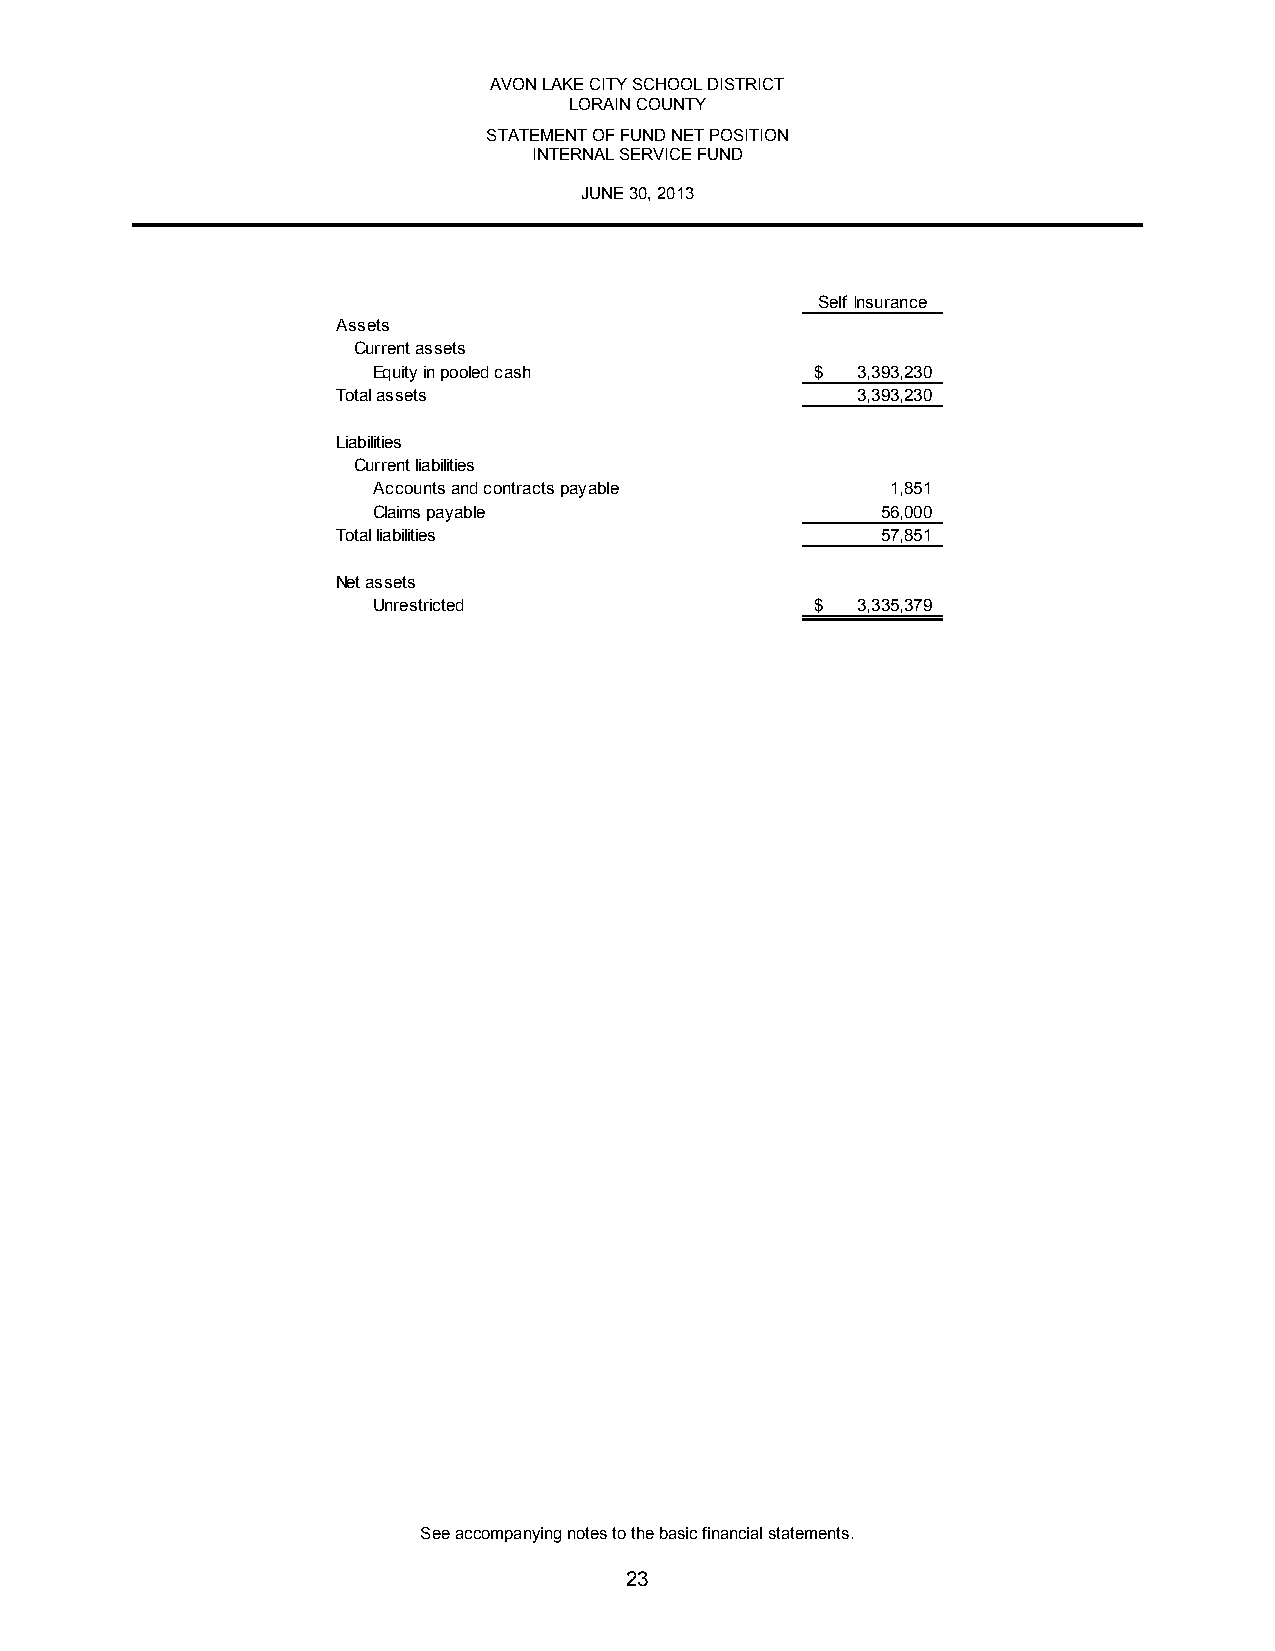
AVON LAKE CITY SCHOOL DISTRICT
 LORAIN COUNTY
 STATEMENT OF FUND NET POSITION
 INTERNAL SERVICE FUND
 JUNE 30, 2013
 Self Insurance
 Assets
 Current assets
 Equity in pooled cash        $  3,393,230
 Total assets                       3,393,230
 Liabilities
 Current liabilities
 Accounts and contracts payable    1,851
 Claims payable                   56,000
 Total liabilities                   57,851
 Net assets
 Unrestricted                 $  3,335,379
 See accompanying notes to the basic financial statements.
 23